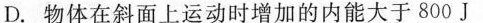
D.物体在斜面上运动时增加的内能大于800J